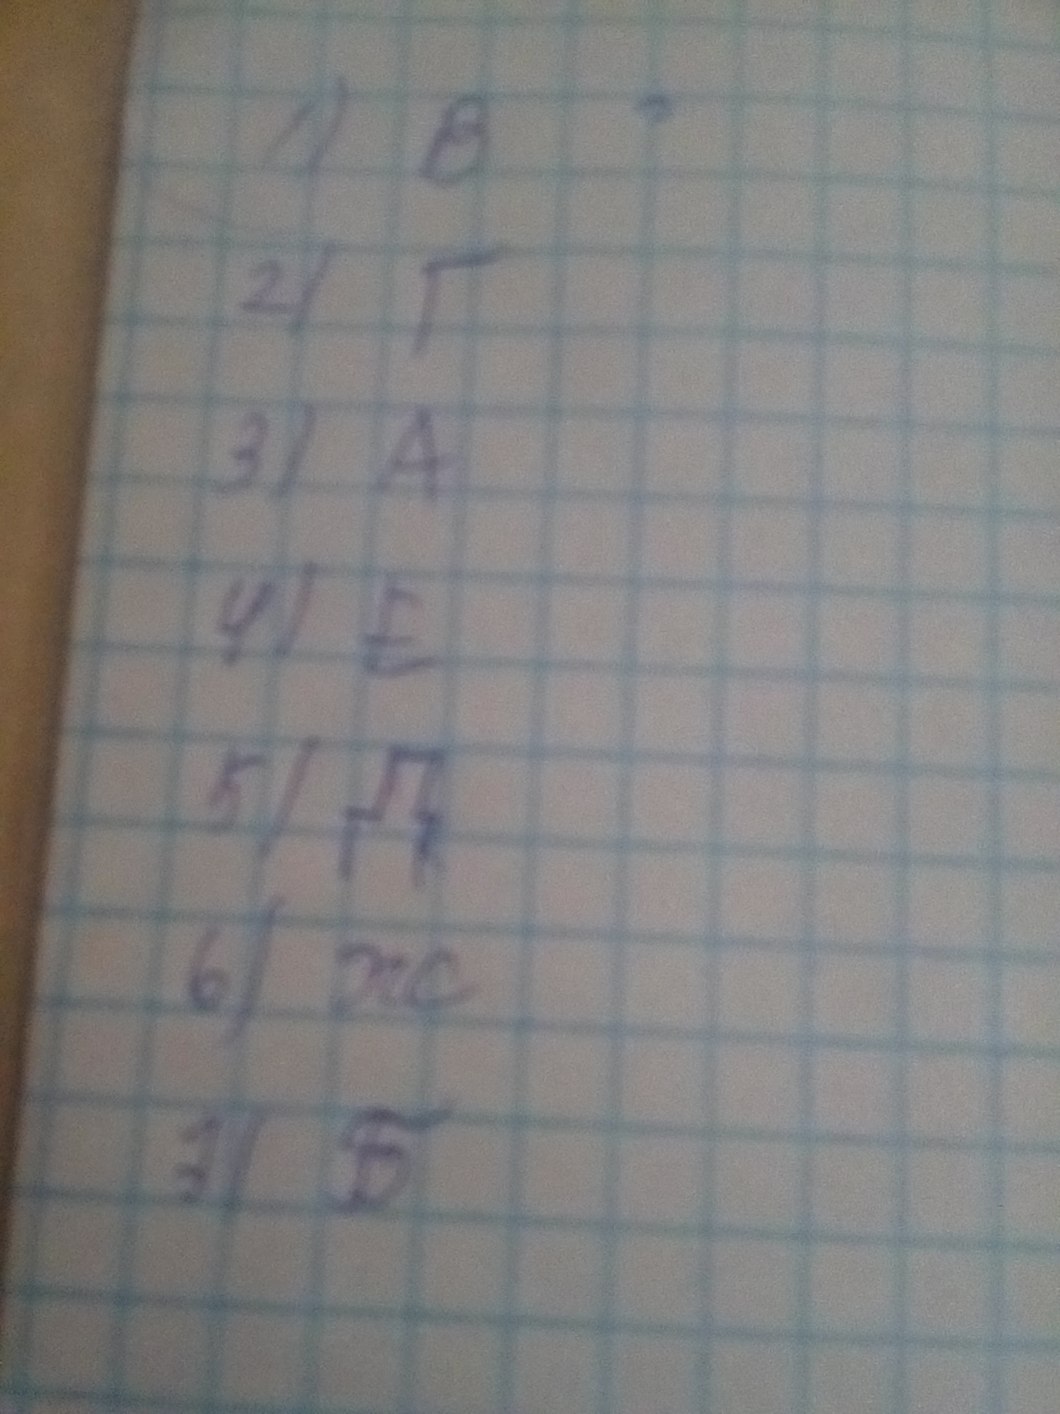
1) В
2) Г
3) А
4) Е
5) Д
6) Ж
7) Б